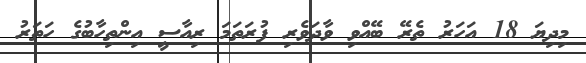
މިދިޔަ 18 އަހަރު ތެރޭ ބޭއްވި ވާދަވެރި ފުރަތަމަ ރިއާސީ އިންތިހާބުގެ ހަތަރު